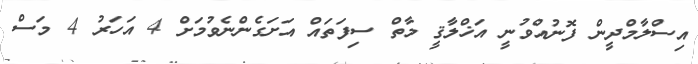
އިސްލާމްދީން ފޮނުއްވުނީ އަޚްލާޤީ މާތް ސިފަތައް އަށަގެންނެވުމަށް 4 އަހަރު 4 މަސް